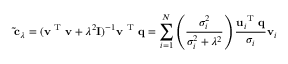
\mathbf { \tilde { c } } _ { \lambda } = ( \mathbf { v } ^ { \mathrm { ~ T ~ } } \mathbf { v } + \lambda ^ { 2 } \mathbf { I } ) ^ { - 1 } \mathbf { v } ^ { \mathrm { ~ T ~ } } \mathbf { q } = \sum _ { i = 1 } ^ { N } \left( \frac { \sigma _ { i } ^ { 2 } } { \sigma _ { i } ^ { 2 } + \lambda ^ { 2 } } \right) \frac { \mathbf { u } _ { i } ^ { \mathrm { ~ T ~ } } \mathbf { q } } { \sigma _ { i } } \mathbf { v } _ { i }